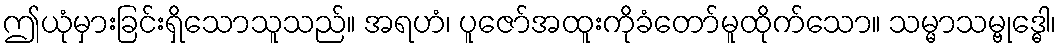
ဤယုံမှားခြင်းရှိသောသူသည်။ အရဟံ၊ ပူဇော်အထူးကိုခံတော်မူထိုက်သော။ သမ္မာသမ္ဗုဒ္ဓေါ၊